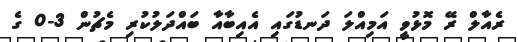
ރެއާލް ރޭ މޮޅުވީ އަމިއްލަ ދަނޑުގައި އެއިބާއާ ބައްދަލުކުރި މެޗުން 3-0 ގެ